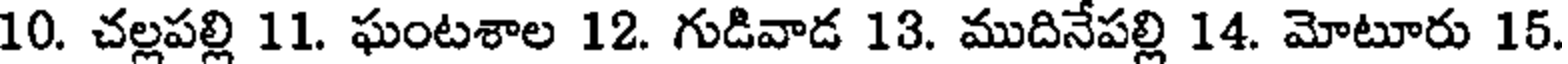
10. చల్లపల్లి 11. ఘంటశాల 12. గుడివాడ 13. ముదినేపల్లి 14. మోటూరు 15